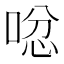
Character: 𠴮